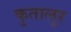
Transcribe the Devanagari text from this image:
कुतालुर